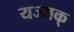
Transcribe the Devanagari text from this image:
यज्मक्